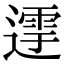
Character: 𨖛